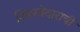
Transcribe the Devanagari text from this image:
शिरस्तेदाराची